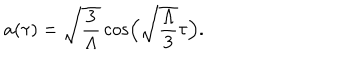
LaTeX: a ( \tau ) = \sqrt { \frac { 3 } { \Lambda } } \cos \Bigl ( \sqrt { \frac { \Lambda } { 3 } } \tau \Bigr ) .